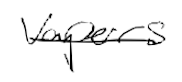
Text: vapors
Cross-out: single-line
Writing tool: digital_black